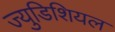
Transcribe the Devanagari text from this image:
ज्युडिशियल